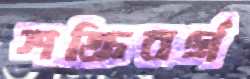
শক্তিবর্গ